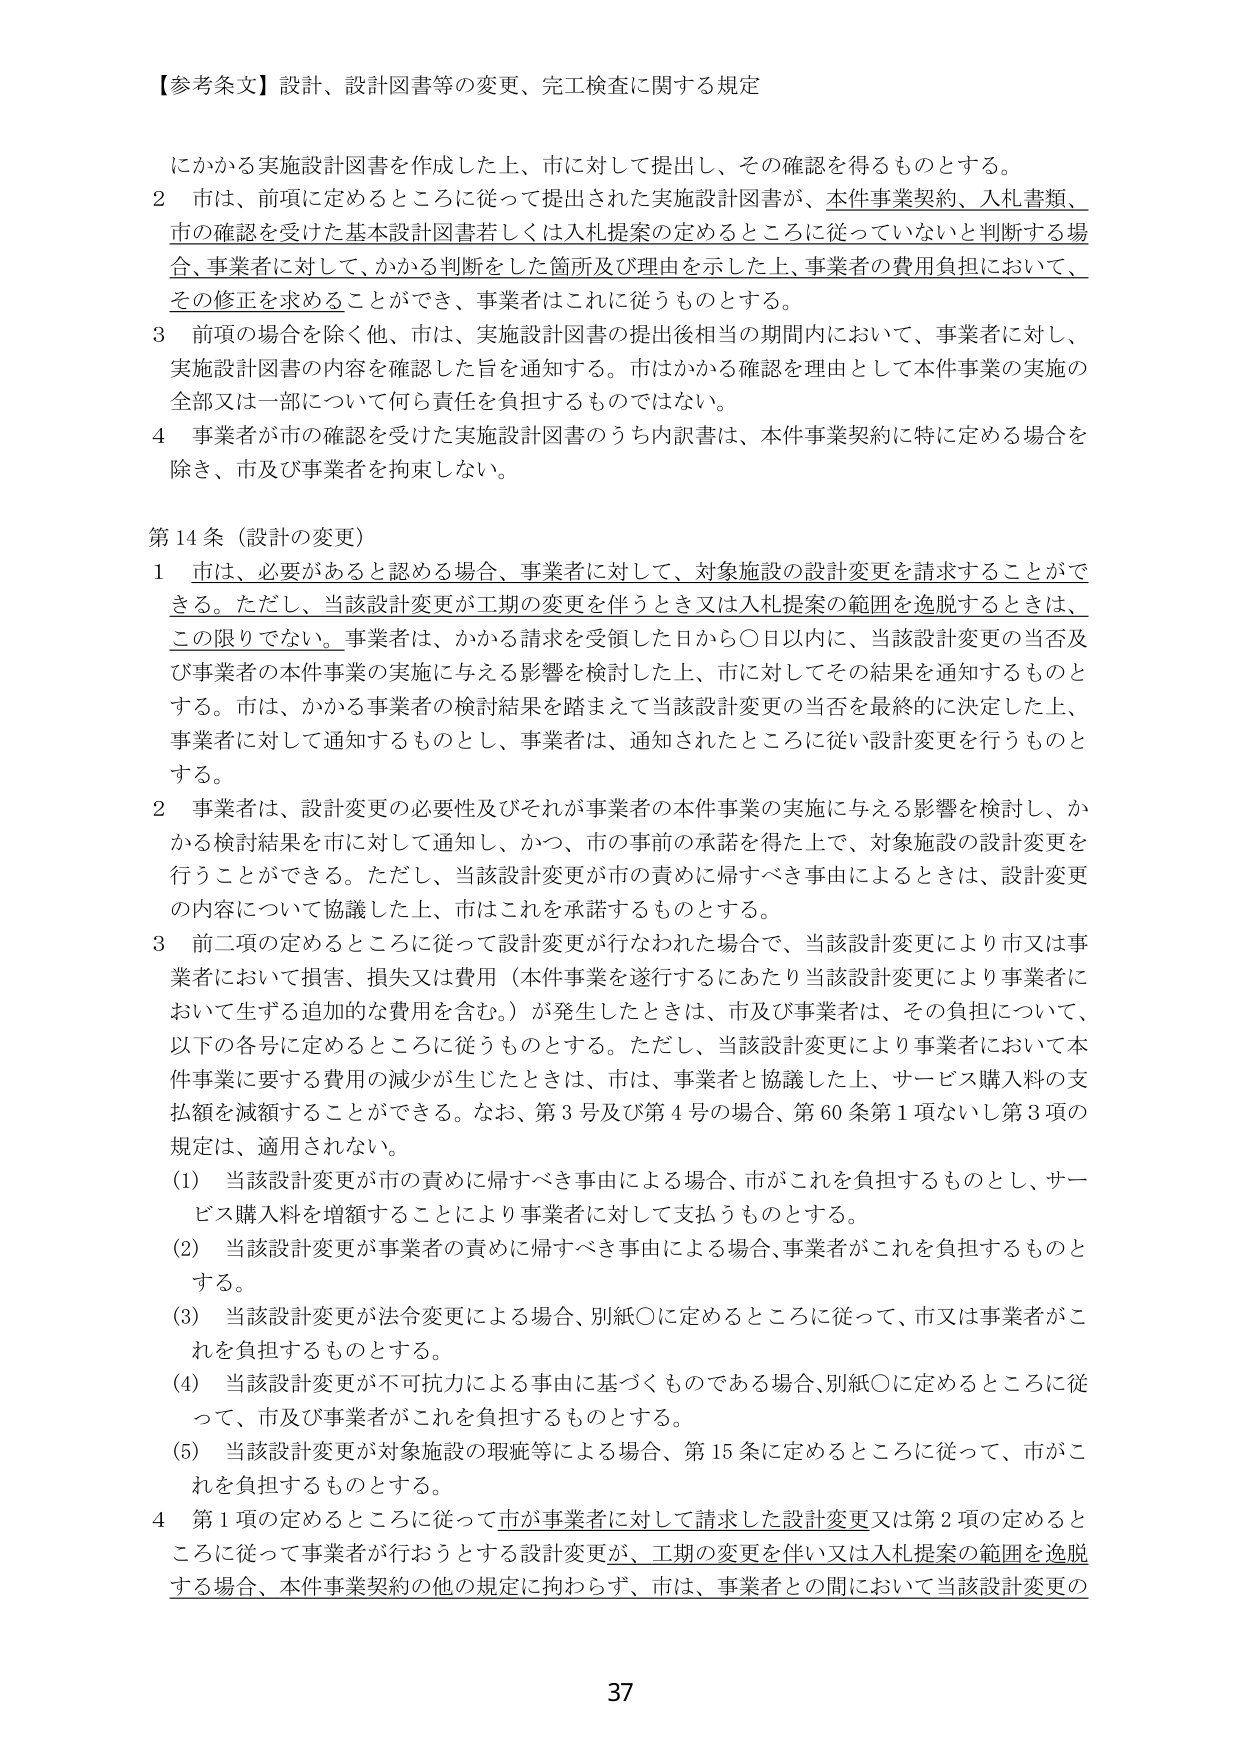
【参考条文】設計、設計図書等の変更、完工検査に関する規定

にかかる実施設計図書を作成した上、市に対して提出し、その確認を得るものとする。

2 市は、前項に定めるところに従って提出された実施設計図書が、本件事業契約、入札書類、市の確認を受けた基本設計図書若しくは入札提案の定めるところに従っていないと判断する場合、事業者に対して、かかる判断をした箇所及び理由を示した上、事業者の費用負担において、その修正を求めることができ、事業者はこれに従うものとする。

3 前項の場合を除く他、市は、実施設計図書の提出後相当の期間内において、事業者に対し、実施設計図書の内容を確認した旨を通知する。市はかかる確認を理由として本件事業の実施の全部又は一部について何ら責任を負担するものではない。

4 事業者が市の確認を受けた実施設計図書のうち内訳書は、本件事業契約に特に定める場合を除き、市及び事業者を拘束しない。

第14条（設計の変更）

1 市は、必要があると認める場合、事業者に対して、対象施設の設計変更を請求することができる。ただし、当該設計変更が工期の変更を伴うとき又は入札提案の範囲を逸脱するときは、この限りでない。事業者は、かかる請求を受領した日から○日以内に、当該設計変更の当否及び事業者の本件事業の実施に与える影響を検討した上、市に対してその結果を通知するものとする。市は、かかる事業者の検討結果を踏まえて当該設計変更の当否を最終的に決定した上、事業者に対して通知するものとし、事業者は、通知されたところに従い設計変更を行うものとする。

2 事業者は、設計変更の必要性及びそれが事業者の本件事業の実施に与える影響を検討し、かかる検討結果を市に対して通知し、かつ、市の事前の承諾を得た上で、対象施設の設計変更を行うことができる。ただし、当該設計変更が市の責めに帰すべき事由によるときは、設計変更の内容について協議した上、市はこれを承諾するものとする。

3 前二項の定めるところに従って設計変更が行なわれた場合で、当該設計変更により市又は事業者において損害、損失又は費用（本件事業を遂行するにあたり当該設計変更により事業者において生ずる追加的な費用を含む。）が発生したときは、市及び事業者は、その負担について、以下の各号に定めるところに従うものとする。ただし、当該設計変更により事業者において本件事業に要する費用の減少が生じたときは、市は、事業者と協議した上、サービス購入料の支払額を減額することができる。なお、第3号及び第4号の場合、第60条第1項ないし第3項の規定は、適用されない。

(1) 当該設計変更が市の責めに帰すべき事由による場合、市がこれを負担するものとし、サービス購入料を増額することにより事業者に対して支払うものとする。

(2) 当該設計変更が事業者の責めに帰すべき事由による場合、事業者がこれを負担するものとする。

(3) 当該設計変更が法令変更による場合、別紙○に定めるところに従って、市又は事業者がこれを負担するものとする。

(4) 当該設計変更が不可抗力による事由に基づくものである場合、別紙○に定めるところに従って、市及び事業者がこれを負担するものとする。

(5) 当該設計変更が対象施設の瑕疵等による場合、第15条に定めるところに従って、市がこれを負担するものとする。

4 第1項の定めるところに従って市が事業者に対して請求した設計変更又は第2項の定めるところに従って事業者が行おうとする設計変更が、工期の変更を伴い又は入札提案の範囲を逸脱する場合、本件事業契約の他の規定に拘わらず、市は、事業者との間において当該設計変更の

37